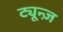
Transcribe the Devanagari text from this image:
ट्यून्ज़